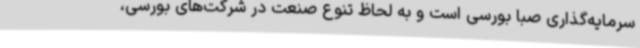
سرمایه‌گذاری صبا بورسی است و به لحاظ تنوع صنعت در شرکت‌های بورسی،